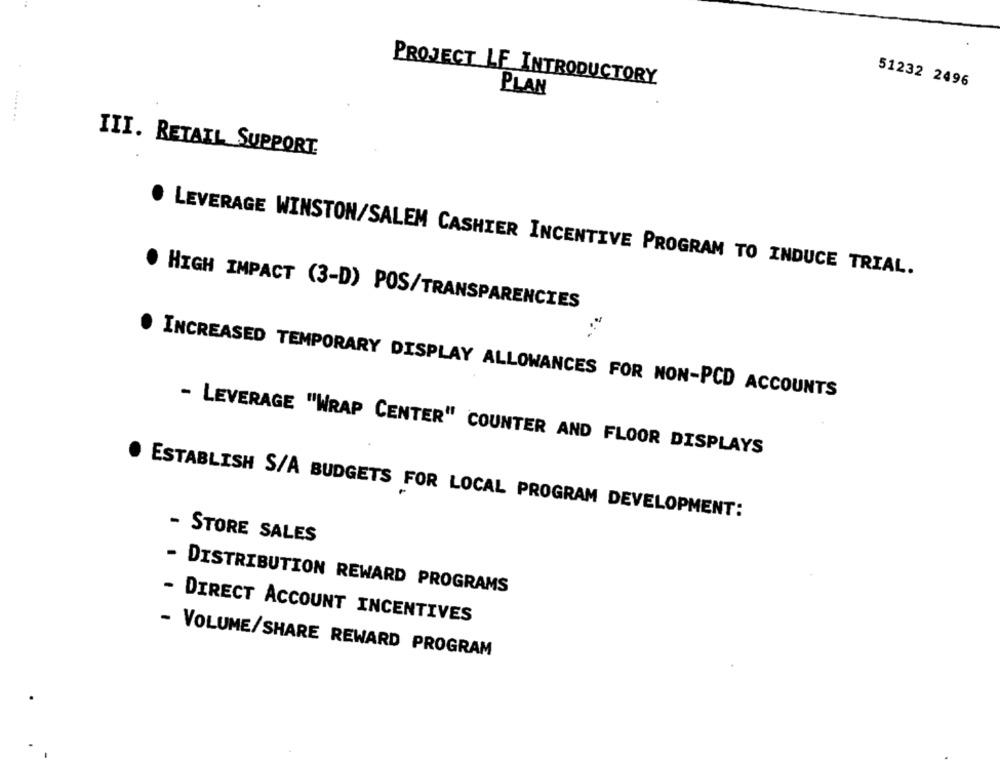
PROJECT LF INTRODUCTORY
51232 2496
PLAN
III. RETAIL SUPPORT.
· LEVERAGE WINSTON/SALEM CASHIER INCENTIVE PROGRAM TO INDUCE TRIAL.
HIGH IMPACT (3-D) POS/TRANSPARENCIES
INCREASED TEMPORARY DISPLAY ALLOWANCES FOR NON-PCD ACCOUNTS
- LEVERAGE "WRAP CENTER" COUNTER AND FLOOR DISPLAYS
ESTABLISH S/A BUDGETS FOR LOCAL PROGRAM DEVELOPMENT:
- STORE SALES
- DISTRIBUTION REWARD PROGRAMS
DIRECT ACCOUNT INCENTIVES
- VOLUME/SHARE REWARD PROGRAM